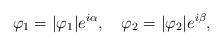
LaTeX: \begin{align*}\varphi_{1}=|\varphi_{1}|e^{i\alpha}, \quad\varphi_{2}=|\varphi_{2}|e^{i\beta}, \end{align*}